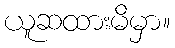
ယူဆထားမိမှာ။